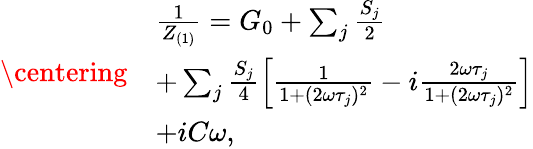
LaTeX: \centering\begin{array}{rl}&{\frac{1}{Z_{(1)}}=G_{0}+\sum_{j}\frac{S_{j}}{2}}\\ &{+\sum_{j}\frac{S_{j}}{4}\left[\frac{1}{1+(2\omega\tau_{j})^{2}}-i\frac{2\omega\tau_{j}}{1+(2\omega\tau_{j})^{2}}\right]}\\ &{+iC\omega,}\end{array}